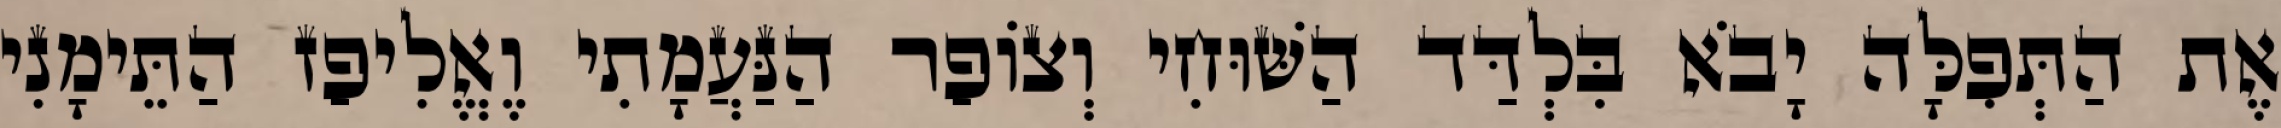
אֶת הַתְּפִלָּה יָבֹא בִּלְדַּד הַשּׁוּחִי וְצוֹפַר הַנַּעֲמָתִי וֶאֱלִיפַז הַתֵּימָנִי